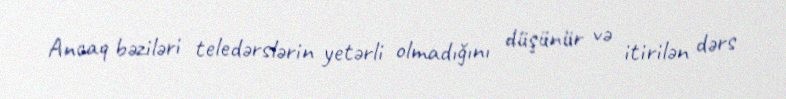
Ancaq bəziləri teledərslərin yetərli olmadığını düşünür və itirilən dərs